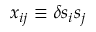
x _ { i j } \equiv \delta s _ { i } s _ { j }